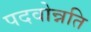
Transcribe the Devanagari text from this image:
पदवोन्नति